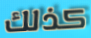
كذلك